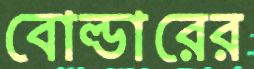
বোল্ডারের